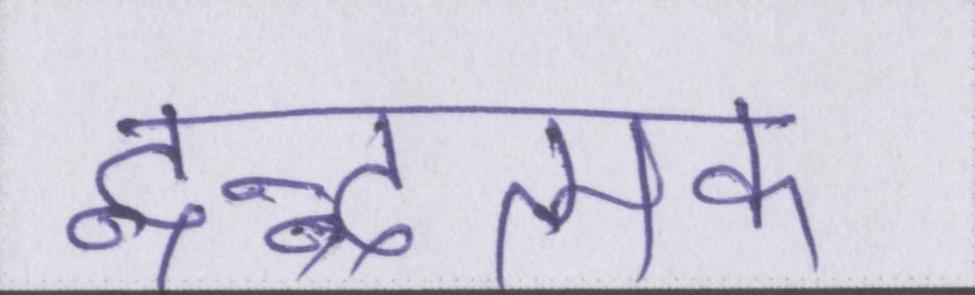
द्वन्द्वात्मक